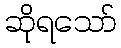
ဆိုရသော်